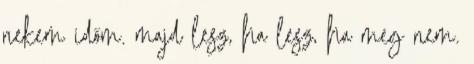
nekem időm. majd lesz, ha lesz, ha meg nem.